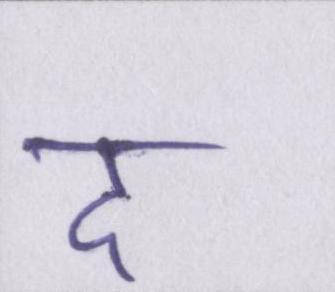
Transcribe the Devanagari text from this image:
द